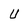
Character: U